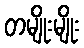
တမျိုးမျိုး